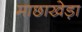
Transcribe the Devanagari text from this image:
माछाखेड़ा